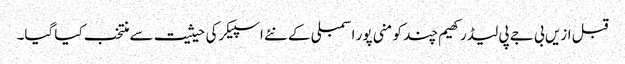
قبل ازیں بی جے پی لیڈر کھیم چند کو منی پور اسمبلی کے نئے اسپیکرکی حیثیت سے منتخب کیا گیا۔